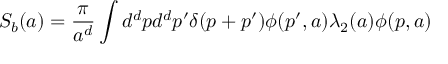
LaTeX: S _ { b } ( a ) = \frac { \pi } { a ^ { d } } \int d ^ { d } p d ^ { d } p ^ { \prime } \delta ( p + p ^ { \prime } ) \phi ( p ^ { \prime } , a ) \lambda _ { 2 } ( a ) \phi ( p , a )